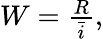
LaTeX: \begin{array}{r}{W=\frac{R}{\bar{i}},}\end{array}